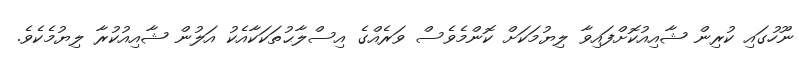
ނޫހުގައި ކުރިން ޝާއިއުކޮށްފައިވާ ލިޔުމަކަށް ކޮންމެވެސް ވަރެއްގެ އިސްލާޙުތަކަކާއެކު އަލުން ޝާއިއުކުރާ ލިޔުމެކެވެ.